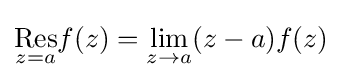
{\underset {z=a}{\mathrm {Res} }}f(z)=\lim _{z\rightarrow a}(z-a)f(z)